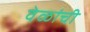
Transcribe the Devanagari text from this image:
वेळांची